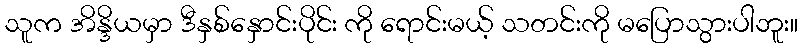
သူက အိန္ဒိယမှာ ဒီနှစ်နှောင်းပိုင်း ကို ရောင်းမယ့် သတင်းကို မပြောသွားပါဘူး။